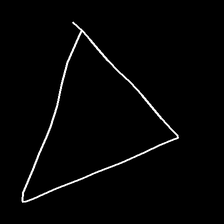
Glyph: convergence